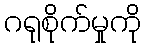
ဂရုစိုက်မှုကို